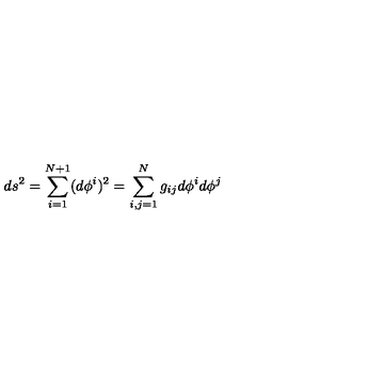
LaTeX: d s ^ { 2 } = \sum _ { i = 1 } ^ { N + 1 } ( d \phi ^ { i } ) ^ { 2 } = \sum _ { i , j = 1 } ^ { N } g _ { i j } d \phi ^ { i } d \phi ^ { j }